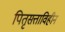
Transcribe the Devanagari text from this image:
पितृसत्ताविहीन